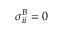
\sigma _ { i i } ^ { B } = 0